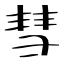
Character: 彗